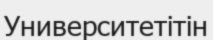
Университетітін